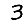
Digit: 3